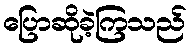
ပြောဆိုခဲ့ကြသည်